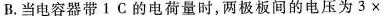
B.当电容器带1C的电荷量时，两极板间的电压为$$3 \times